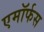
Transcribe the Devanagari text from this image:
एमॉर्फस